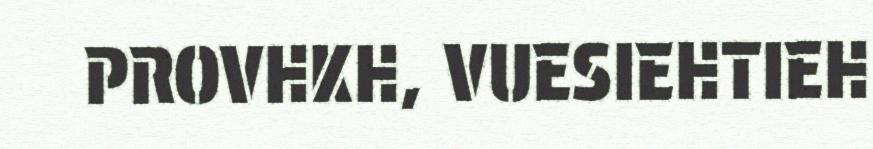
PROVHKH, VUESIEHTIEH